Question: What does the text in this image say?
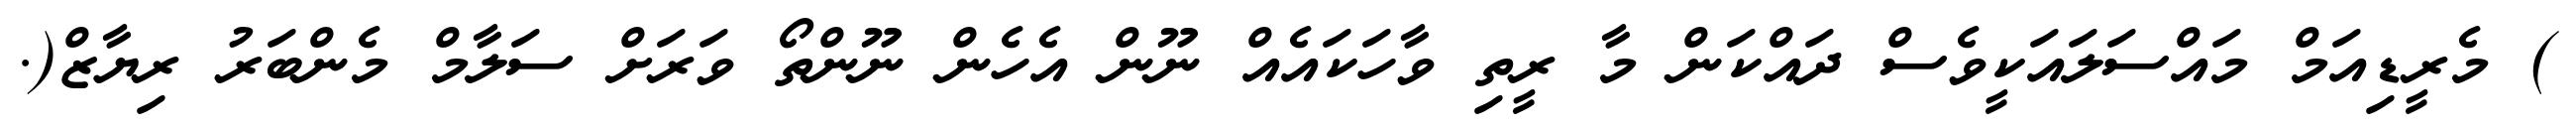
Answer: ) މެރީޑިއަމް މައްސަލައަކީވެސް ދައްކަން މާ ރީތި ވާހަކައެއް ނޫން އެހެން ނޫންތޯ ވަރަށް ސަލާމް މެންބަރު ރިޔާޒް(.